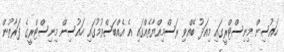
ހައުސިން މިނިސްޓްރީގައި މިއަދު ބޭއްވި ރަސްމިއްޔާތެއްގައި އެ އެއްބަސްވުމުގައި ހައުސިން މިނިސްޓްރީގެ ފަރާތުން